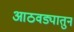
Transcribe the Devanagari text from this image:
आठवड्यातुन